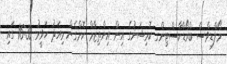
މޯލްޑިވްސް ބްރޯޑްކާސްޓިންގ ކޮމިޝަނުގެ އިން އިންތިޒާމް ކޮށްގެން މިއަދު ހަވީރު 16:30 ގައި